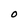
Character: O